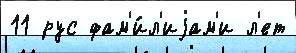
11 рус фам'и́л'иjам'и л'ет